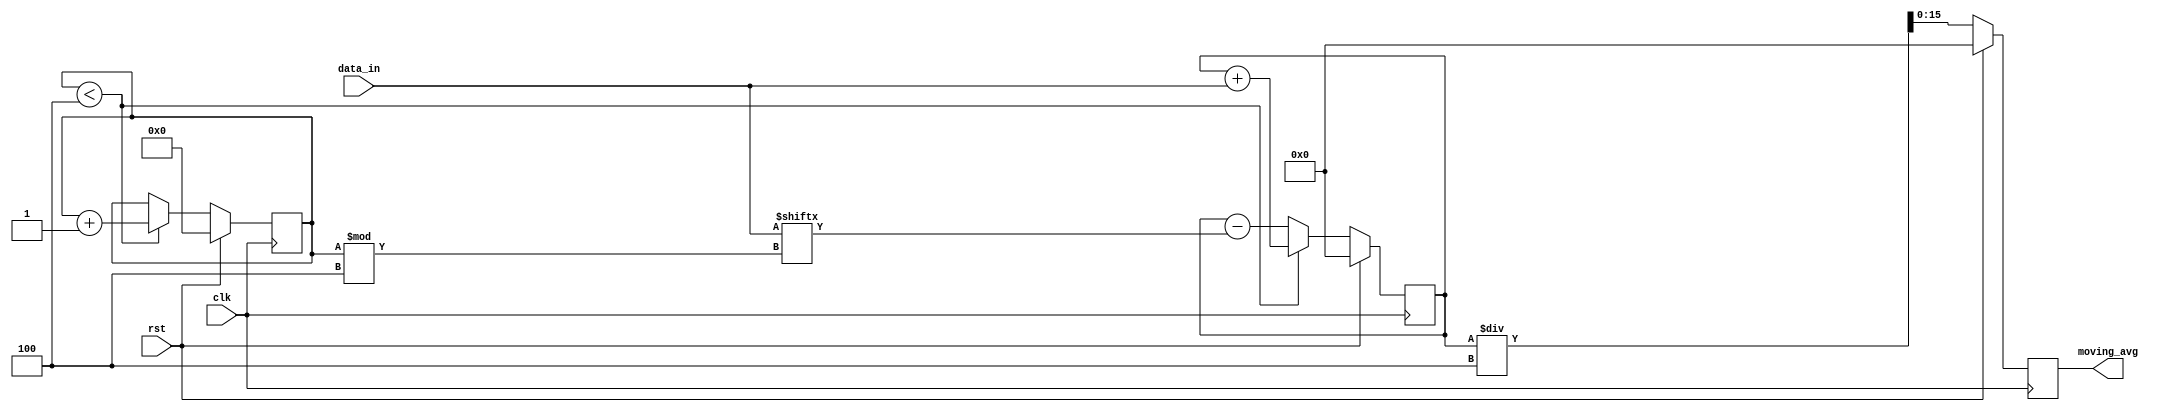
module moving_average_accumulator (
  input wire clk,
  input wire rst,
  input wire [15:0] data_in,
  output reg [15:0] moving_avg
);

parameter WINDOW_SIZE = 4;
reg [15:0] sum;
reg [3:0] count;

always @(posedge clk) begin
  if(rst) begin
    sum <= 0;
    count <= 0;
    moving_avg <= 0;
  end else begin
    sum <= sum + data_in;
    if(count < WINDOW_SIZE) begin
      count <= count + 1;
    end else begin
      sum <= sum - data_in[count % WINDOW_SIZE];
    end
    moving_avg <= sum / WINDOW_SIZE;
  end
end

endmodule